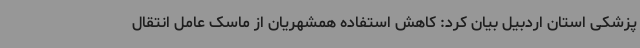
پزشکی استان اردبیل بیان کرد: کاهش استفاده همشهریان از ماسک عامل انتقال